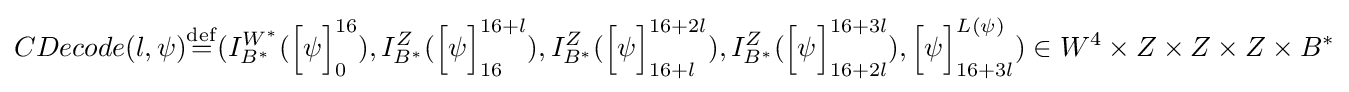
CDecode(l,\psi ){\stackrel {\mathrm {def} }{=}}(I_{B^{\ast }}^{W^{\ast }}({\Bigl [}\psi {\Bigr ]}_{0}^{16}),I_{B^{\ast }}^{Z}({\Bigl [}\psi {\Bigr ]}_{16}^{16+l}),I_{B^{\ast }}^{Z}({\Bigl [}\psi {\Bigr ]}_{16+l}^{16+2l}),I_{B^{\ast }}^{Z}({\Bigl [}\psi {\Bigr ]}_{16+2l}^{16+3l}),{\Bigl [}\psi {\Bigr ]}_{16+3l}^{L(\psi )})\in W^{4}\times Z\times Z\times Z\times B^{\ast }